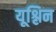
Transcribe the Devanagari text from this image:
यूश्लिन